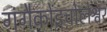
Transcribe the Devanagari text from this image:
गंगैकोंडचोलेश्वर